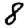
Digit: 8